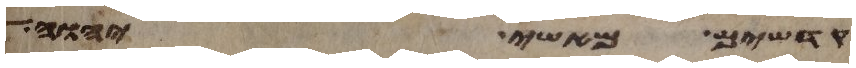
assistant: קדשים מאשי יהוה